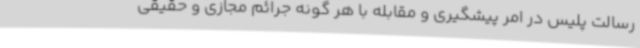
رسالت پلیس در امر پیشگیری و مقابله با هر گونه جرائم مجازی و حقیقی